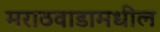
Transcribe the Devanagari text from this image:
मराठवाडामधील